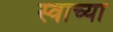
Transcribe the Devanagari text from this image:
स्वाच्या